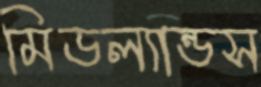
মিডল্যান্ডস